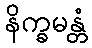
နိက္ခမန္တံ